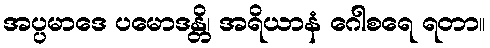
အပ္ပမာဒေ ပမောဒန္တိ၊ အရိယာနံ ဂေါစရေ ရတာ။